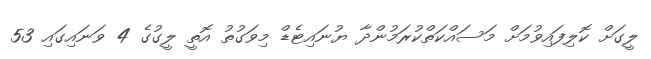
ލީގަށް ކޮލިފައިވުމަށް މަސައްކަތްކުރަމުންދާ ޔުނައިޓެޑް މިވަގުތު އޮތީ ލީގުގެ 4 ވަނައިގައި 53